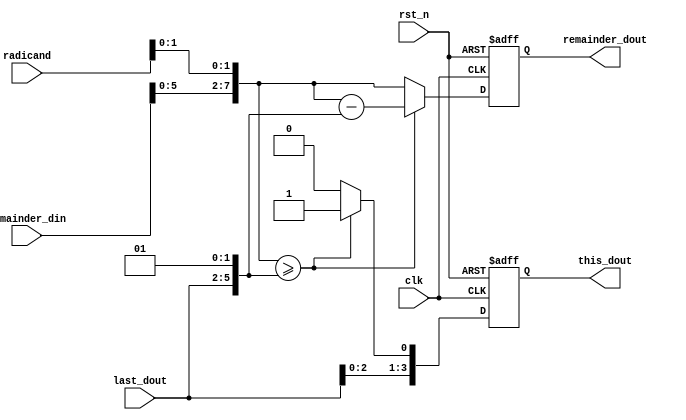
module square_cell #(
	parameter WIDTH = 4,
	parameter STEP = 0
)(
	input clk,    // Clock
	input rst_n,  // Asynchronous reset active low

	input [2 * WIDTH - 1:0]radicand,
	input [WIDTH - 1:0]last_dout,
	input [2 * WIDTH - 1:0]remainder_din,

	output reg [WIDTH - 1:0]this_dout,
	output reg [2 * WIDTH - 1:0]remainder_dout
);

wire [2 * WIDTH - 1:0]target_data = {remainder_din[2 * WIDTH - 3:0],radicand[2 * STEP +:2]};
wire [2 * WIDTH - 1:0]try_data = {last_dout,2'b01};

always @(posedge clk or negedge rst_n) begin
	if(~rst_n) begin
		{this_dout,remainder_dout} <= 'b0;
	end else begin
		if(target_data >= try_data) begin
			this_dout <= {last_dout[WIDTH - 2:0],1'b1};
			remainder_dout <= target_data - try_data;
		end else begin
			this_dout <= {last_dout[WIDTH - 2:0],1'b0};
			remainder_dout <= target_data;
		end
	end
end
endmodule